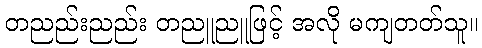
တညည်းညည်း တညူညူဖြင့် အလို မကျတတ်သူ။